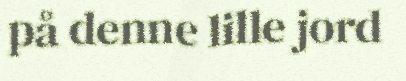
på denne lille jord